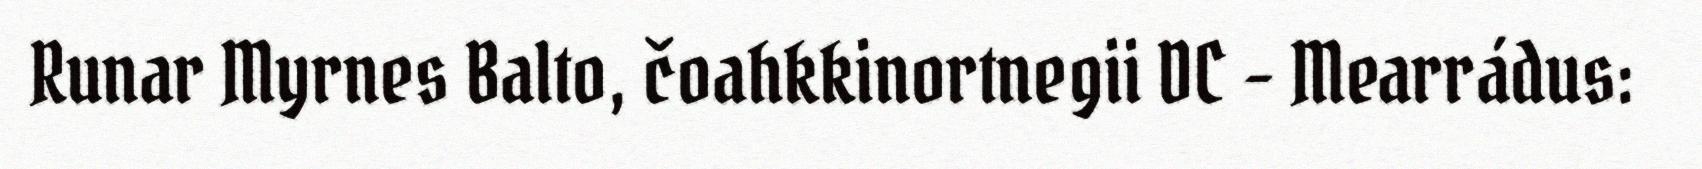
Runar Myrnes Balto, čoahkkinortnegii DC - Mearrádus: